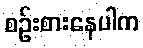
စဉ်းစားနေပါက